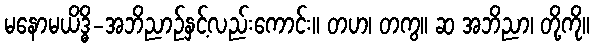
မနောမယိဒ္ဓိ-အဘိညာဉ်နှင့်လည်းကောင်း။ တဟ၊ တကွ။ ဆ အဘိညာ၊ တို့ကို။